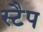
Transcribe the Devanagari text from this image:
स्टैप